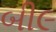
બી૯